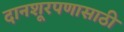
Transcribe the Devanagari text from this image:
दानशूरपणासाठी